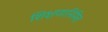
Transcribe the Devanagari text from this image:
शिक्षणानिमित्त